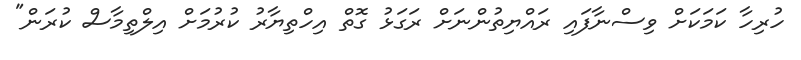
ހުރިހާ ކަމަކަށް ވިސްނާފައި ރައްޔިތުންނަށް ރަގަޅު ގޮތް އިހްތިޔާރު ކުރުމަށް އިލްތިމާސް ކުރަން"